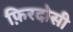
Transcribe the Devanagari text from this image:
फ़िरदोसी